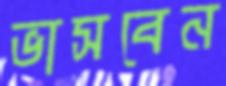
ভাসবেন